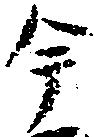
今